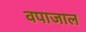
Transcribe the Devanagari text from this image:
वपाजाल